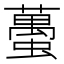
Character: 蠆